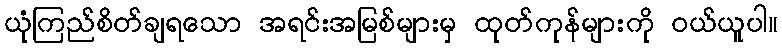
ယုံကြည်စိတ်ချရသော အရင်းအမြစ်များမှ ထုတ်ကုန်များကို ဝယ်ယူပါ။